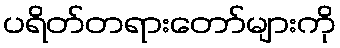
ပရိတ်တရားတော်များကို